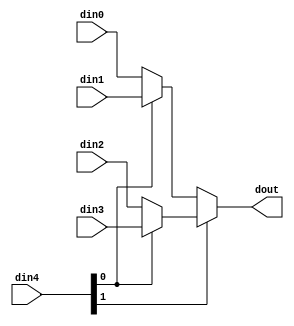
`define EXPONENT 5
`define MANTISSA 10
`define ACTUAL_MANTISSA 11
`define EXPONENT_LSB 10
`define EXPONENT_MSB 14
`define MANTISSA_LSB 0
`define MANTISSA_MSB 9
`define MANTISSA_MUL_SPLIT_LSB 3
`define MANTISSA_MUL_SPLIT_MSB 9
`define SIGN 1
`define SIGN_LOC 15
`define DWIDTH (`SIGN+`EXPONENT+`MANTISSA)
`define IEEE_COMPLIANCE 1

module td_fused_top_mux_416_16_1_1 #(
parameter
    ID                = 0,
    NUM_STAGE         = 1,
    din0_WIDTH       = 32,
    din1_WIDTH       = 32,
    din2_WIDTH       = 32,
    din3_WIDTH       = 32,
    din4_WIDTH         = 32,
    dout_WIDTH            = 32
)(
    input  [15 : 0]     din0,
    input  [15 : 0]     din1,
    input  [15 : 0]     din2,
    input  [15 : 0]     din3,
    input  [15 : 0]    din4,
    output [15 : 0]   dout);

// puts internal signals
wire [15 : 0]     sel;
// level 1 signals
wire [15 : 0]         mux_1_0;
wire [15 : 0]         mux_1_1;
// level 2 signals
wire [15 : 0]         mux_2_0;
// level 3 signals
wire [15 : 0]         mux_3_0;
// level 4 signals
wire [15 : 0]         mux_4_0;
// level 5 signals
wire [15 : 0]         mux_5_0;
// level 6 signals
wire [15 : 0]         mux_6_0;
// level 7 signals
wire [15 : 0]         mux_7_0;
// level 8 signals
wire [15 : 0]         mux_8_0;
// level 9 signals
wire [15 : 0]         mux_9_0;
// level 10 signals
wire [15 : 0]         mux_10_0;
// level 11 signals
wire [15 : 0]         mux_11_0;
// level 12 signals
wire [15 : 0]         mux_12_0;
// level 13 signals
wire [15 : 0]         mux_13_0;
// level 14 signals
wire [15 : 0]         mux_14_0;
// level 15 signals
wire [15 : 0]         mux_15_0;
// level 16 signals
wire [15 : 0]         mux_16_0;

assign sel = din4;

// Generate level 1 logic
assign mux_1_0 = (sel[0] == 0)? din0 : din1;
assign mux_1_1 = (sel[0] == 0)? din2 : din3;

// Generate level 2 logic
assign mux_2_0 = (sel[1] == 0)? mux_1_0 : mux_1_1;

// Generate level 3 logic
assign mux_3_0 = mux_2_0;

// Generate level 4 logic
assign mux_4_0 = mux_3_0;

// Generate level 5 logic
assign mux_5_0 = mux_4_0;

// Generate level 6 logic
assign mux_6_0 = mux_5_0;

// Generate level 7 logic
assign mux_7_0 = mux_6_0;

// Generate level 8 logic
assign mux_8_0 = mux_7_0;

// Generate level 9 logic
assign mux_9_0 = mux_8_0;

// Generate level 10 logic
assign mux_10_0 = mux_9_0;

// Generate level 11 logic
assign mux_11_0 = mux_10_0;

// Generate level 12 logic
assign mux_12_0 = mux_11_0;

// Generate level 13 logic
assign mux_13_0 = mux_12_0;

// Generate level 14 logic
assign mux_14_0 = mux_13_0;

// Generate level 15 logic
assign mux_15_0 = mux_14_0;

// Generate level 16 logic
assign mux_16_0 = mux_15_0;

// output logic
assign dout = mux_16_0;

endmodule